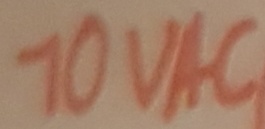
Text: 10VAC